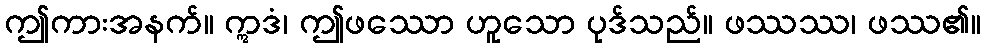
ဤကားအနက်။ ဣဒံ၊ ဤဖဿော ဟူသော ပုဒ်သည်။ ဖဿဿ၊ ဖဿ၏။